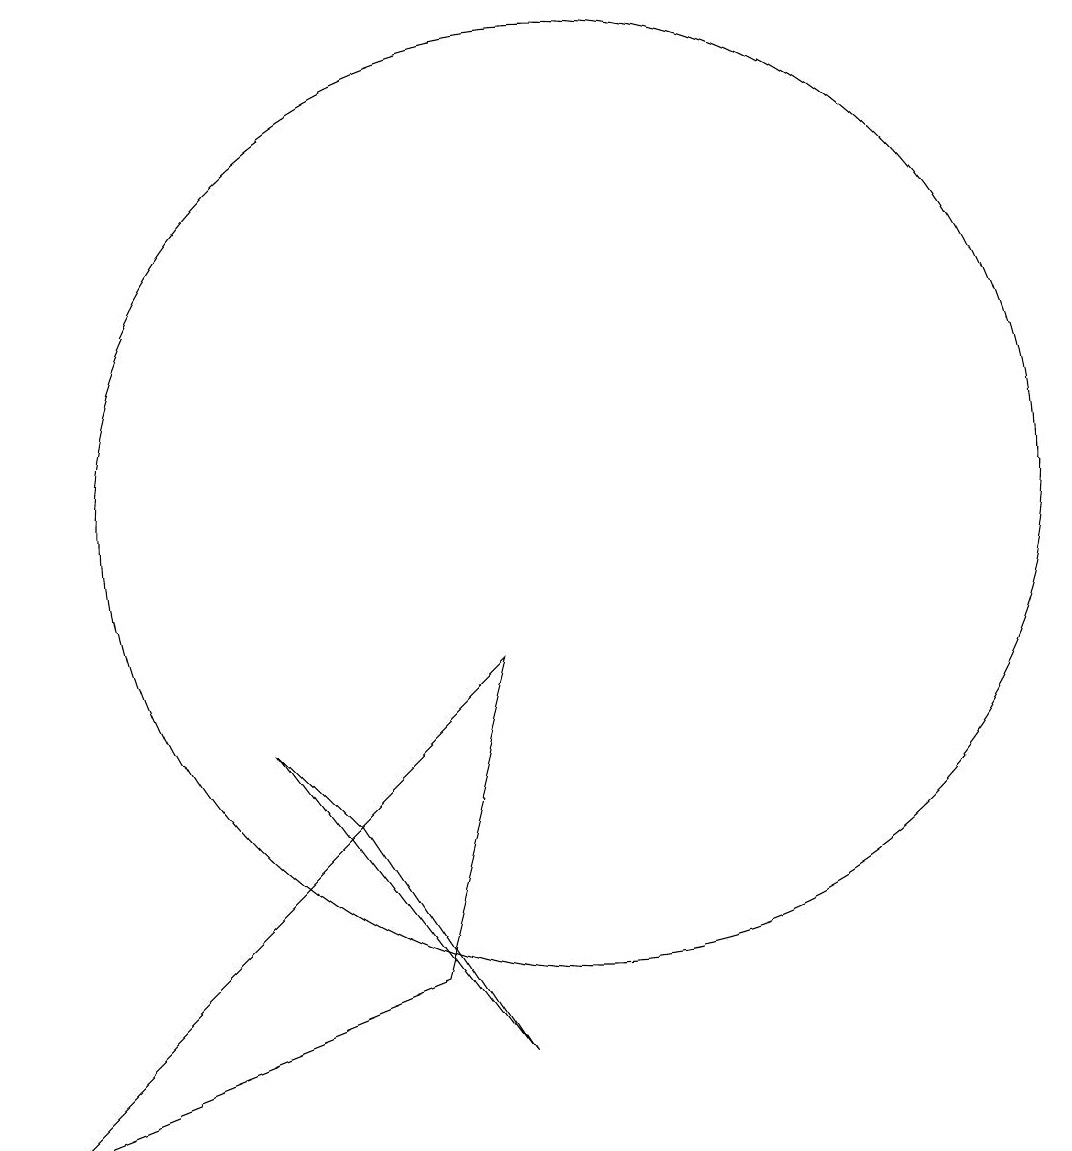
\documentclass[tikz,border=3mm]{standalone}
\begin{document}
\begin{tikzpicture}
\draw (9,9) -- (8,5) -- (3,3) -- cycle;
\draw (10,11) circle (6);
\draw (9,4) -- (6,8) -- (7,7) -- cycle;
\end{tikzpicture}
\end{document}